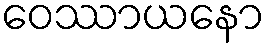
ဝေဿာယနော